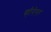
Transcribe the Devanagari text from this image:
व्हीनेगर